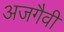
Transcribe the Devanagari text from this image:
अजगैवी